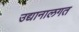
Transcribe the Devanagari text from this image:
उद्यानालगत